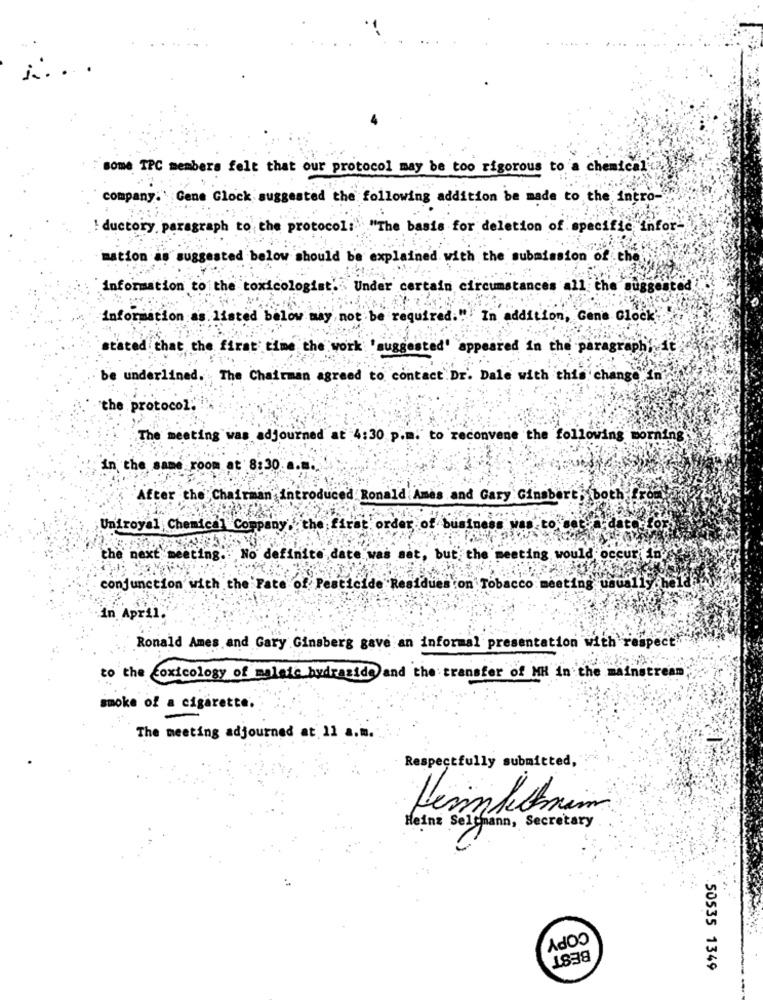
in ..
some TPC members felt that our protocol may be too rigorous to a chemical
company. Gene Clock suggested the following addition be made to the intro-
: ductory paragraph to the protocol: "The basis for deletion of specific infor-
mation as suggested below should be explained with the submission of the
Information to the toxicologist. Under certain circumstances all the suggested
information as listed below may not be required.""
In addition, Gene Clock
stated that the first time the work 'suggested'
"appeared in the paragraph! it
be underlined.
The Chairman agreed to contact Dr. Dale with this change in
the protocol.
The meeting was adjourned at 4:30 p.m. to reconvene the following
in the same room at 8:30.
After the Chairman introduced Ronald Ames and Gary Ginsbert, both,
Uniroyal Chemical Company, the firat order of business was to get.
the next meeting. No definite date was so
, but the meeting would occur in
conjunction with the Fate of Pesticide Residues con Tobacco meeting usually he
in April
Ronald Ames and Gary Ginsberg gave an informal presentation with respect
to the toxicology of malais hydrazide and the transfer of MH in the mainstream
smoke of a cigarette.
The meeting adjourned at 11 a.m.
Respectfully submitted,
Kerkenin
Heinz Seltmann, Secretary
COPY
BEST
50535 1349